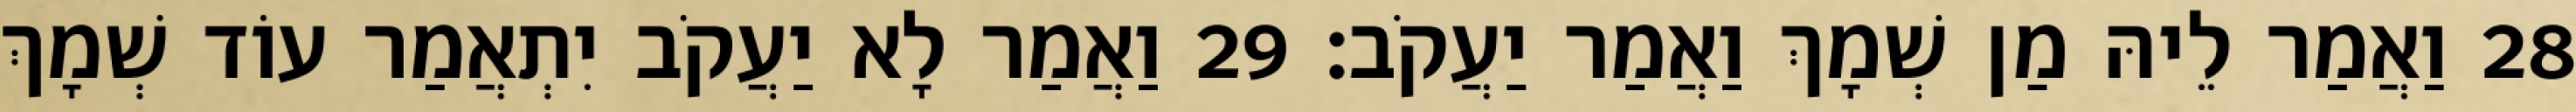
28 וַאֲמַר לֵיהּ מַן שְׁמָךְ וַאֲמַר יַעֲקֹב׃ 29 וַאֲמַר לָא יַעֲקֹב יִתְאֲמַר עוֹד שְׁמָךְ